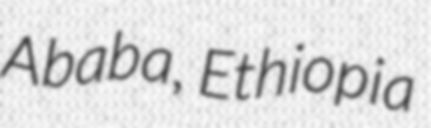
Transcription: Ababa, Ethiopia